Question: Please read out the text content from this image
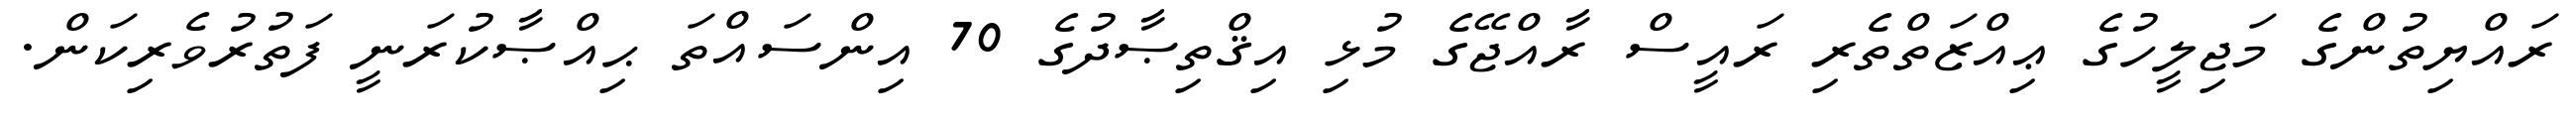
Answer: ރައްޔިތުންގެ މަޖިލީހުގެ ޢިއްޒަތްތެރި ރައީސް ރާއްޖޭގެ މުޅި އިޤްތިޞާދުގެ 70 އިންސައްތަ ޙިއްޞާކުރަނީ ފަތުރުވެރިކަން.